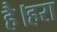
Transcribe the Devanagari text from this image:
है।हरा